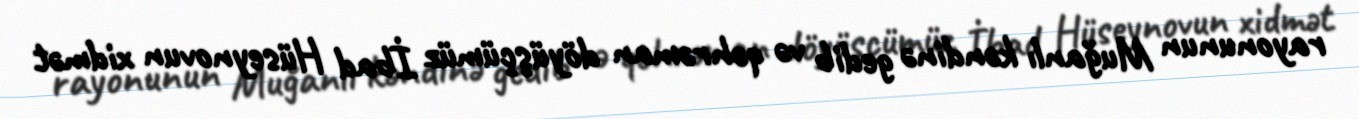
rayonunun Muğanlı kəndinə gedib və qəhrəman döyüşçümüz İbad Hüseynovun xidmət